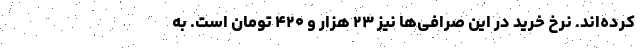
کرده‌اند. نرخ خرید در این صرافی‌ها نیز ۲۳ هزار و ۴۲۰ تومان است. به